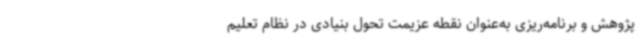
پژوهش و برنامه‌ریزی به‌عنوان نقطه عزیمت تحول بنیادی در نظام تعلیم